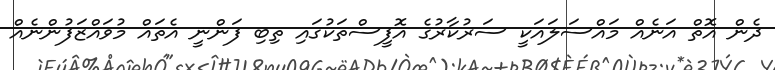
ދެން އޮތް އަނެއް މައްސަލައަކީ ސަރުކާރުގެ އޮފީސްތަކުގައި ތިބި ފަންނީ އެތައް މުވައްޒަފުންނެއް